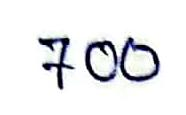
700